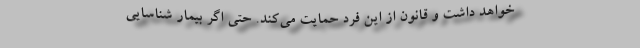
خواهد داشت و قانون از این فرد حمایت می‌کند. حتی اگر بیمار شناسایی